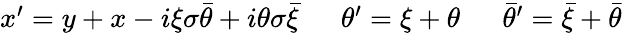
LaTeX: \begin{array}{lll}{{x^{\prime}=y+x-i\xi\sigma\bar{\theta}+i\theta\sigma\bar{\xi}~}}&{{~\theta^{\prime}=\xi+\theta~}}&{{~\bar{\theta}^{\prime}=\bar{\xi}+\bar{\theta}}}\end{array}